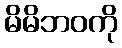
မိမိဘဝကို